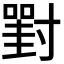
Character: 𡭈